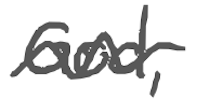
Text: God,
Cross-out: wave
Writing tool: digital_gray